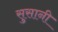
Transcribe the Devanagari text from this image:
सुसानी